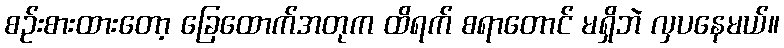
စဉ်းစားထားတော့ ခြေထောက်အတုက ထိရက် စရာတောင် မရှိဘဲ လှပနေမယ်။